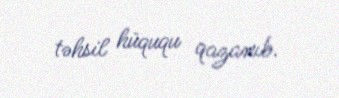
təhsil hüququ qazanıb.